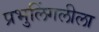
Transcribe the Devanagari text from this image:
प्रभुलिंगलीला